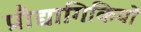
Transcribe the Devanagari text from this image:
प्रौद्यागिकियों